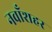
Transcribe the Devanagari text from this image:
नवाँशहर